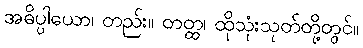
အဓိပ္ပါယော၊ တည်း။ တတ္ထ၊ ထိုသုံးသုတ်တို့တွင်။